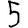
Digit: 5